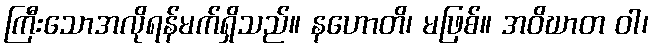
ကြီးသောအလိုရန်မက်ရှိသည်။ နဟောတိ၊ မဖြစ်။ အဝိဃာတ ဝါ၊